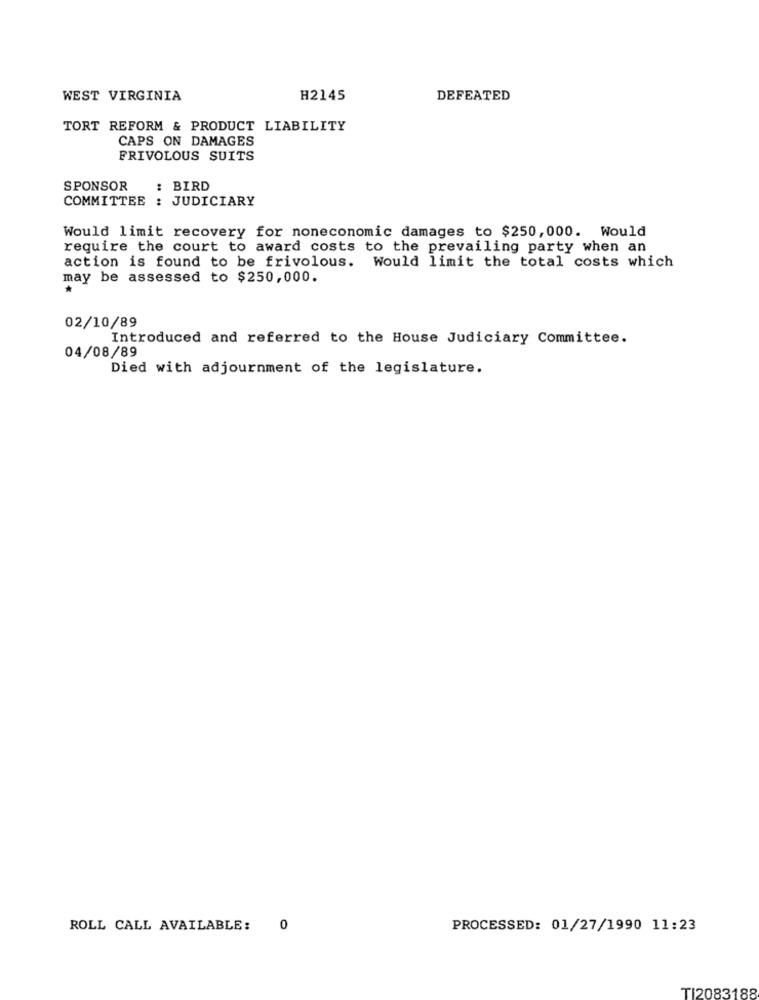
WEST VIRGINIA
H2145
DEFEATED
TORT REFORM & PRODUCT LIABILITY
CAPS ON DAMAGES
FRIVOLOUS SUITS
SPONSOR
: BIRD
COMMITTEE : JUDICIARY
Would limit recovery for noneconomic damages to $250,000. Would
require the court to award costs to the prevailing party when an
action is found to be frivolous. Would limit the total costs which
may be assessed to $250,000.
02/10/89
Introduced and referred to the House Judiciary Committee.
04/08/89
Died with adjournment of the legislature.
ROLL CALL AVAILABLE:
0
PROCESSED: 01/27/1990 11:23
TI2083188